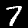
Label: 7